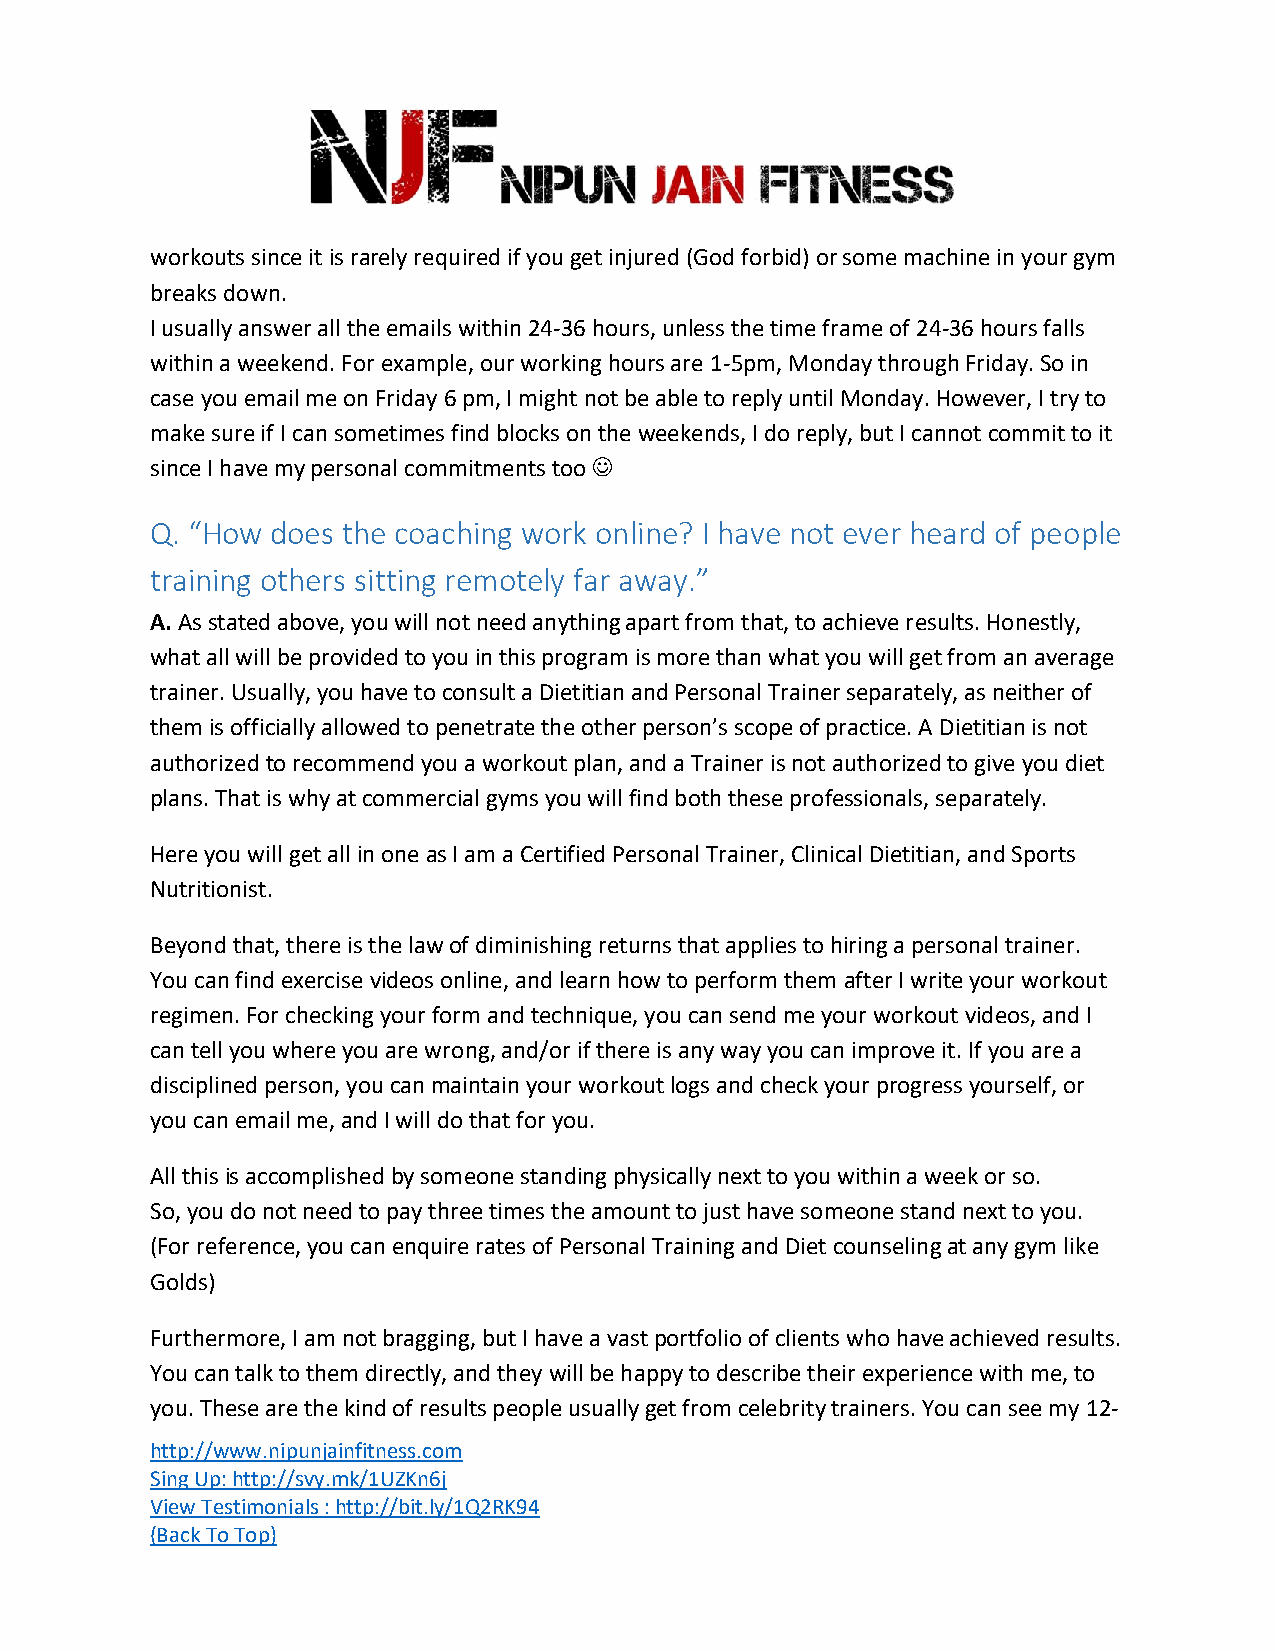
workouts since it is rarely required if you get injured (God forbid) or some machine in your gym
 breaks down.
 I usually answer all the emails within 24-36 hours, unless the time frame of 24-36 hours falls
 within a weekend. For example, our working hours are 1-5pm, Monday through Friday. So in
 case you email me on Friday 6 pm, I might not be able to reply until Monday. However, I try to
 make sure if I can sometimes find blocks on the weekends, I do reply, but I cannot commit to it
 since I have my personal commitments too ☺
 Q. “How does the coaching work online? I have not ever heard of people
 training others sitting remotely far away.”
 A. As stated above, you will not need anything apart from that, to achieve results. Honestly,
 what all will be provided to you in this program is more than what you will get from an average
 trainer. Usually, you have to consult a Dietitian and Personal Trainer separately, as neither of
 them is officially allowed to penetrate the other person’s scope of practice. A Dietitian is not
 authorized to recommend you a workout plan, and a Trainer is not authorized to give you diet
 plans. That is why at commercial gyms you will find both these professionals, separately.
 Here you will get all in one as I am a Certified Personal Trainer, Clinical Dietitian, and Sports
 Nutritionist.
 Beyond that, there is the law of diminishing returns that applies to hiring a personal trainer.
 You can find exercise videos online, and learn how to perform them after I write your workout
 regimen. For checking your form and technique, you can send me your workout videos, and I
 can tell you where you are wrong, and/or if there is any way you can improve it. If you are a
 disciplined person, you can maintain your workout logs and check your progress yourself, or
 you can email me, and I will do that for you.
 All this is accomplished by someone standing physically next to you within a week or so.
 So, you do not need to pay three times the amount to just have someone stand next to you.
 (For reference, you can enquire rates of Personal Training and Diet counseling at any gym like
 Golds)
 Furthermore, I am not bragging, but I have a vast portfolio of clients who have achieved results.
 You can talk to them directly, and they will be happy to describe their experience with me, to
 you. These are the kind of results people usually get from celebrity trainers. You can see my 12-
 http://www.nipunjainfitness.com
 Sing Up: http://svy.mk/1UZKn6j
 View Testimonials : http://bit.ly/1Q2RK94
 (Back To Top)